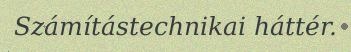
Számítástechnikai háttér.